Burma Government Medical School reports 1923-41
Year: 1923
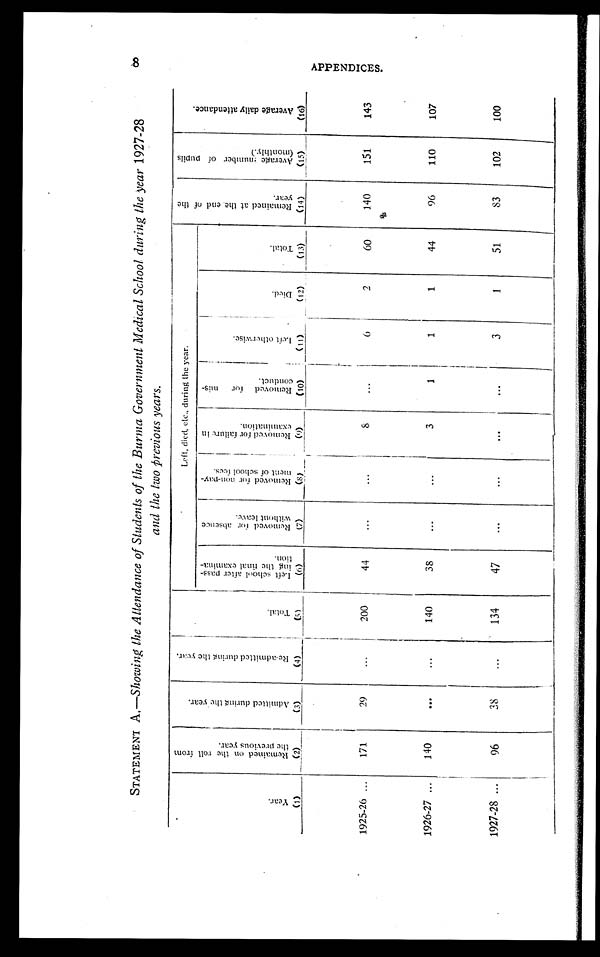
STATEMENT A.—S howing the Attendance of Students of the Burma Government Medical School during the year 1927-28
and the two previous years .
Y e a r .
( 1 )
R e m a i n e d o n t h e r o l l f r o m t h e p r e v i o u s y e a r .
( 2 )
A d m i t t e d d u r i n g t h e y e a r .
( 3 )
R e - a d m i t t e d d u r i n g t h e y e a r .
( 4 )
T o t a l .
( 5 )
Left , di ed, et c. , duri ng t he year.
R e m a i n e d a t t h e e n d o f t h e y e a r .
( 1 4 )
A v e r a g e n u m b e r o f p u p i l s ( m o n t h l y . )
( 1 5 )
A v e r a g e d a i l y a t t e n d a n c e .
( 1 6 )
L e f t s c h o o l a f t e r p a s s - i n g t h e f i n a f l e x a m i n a - t i o n .
( 6 )
R e m o v e d f o r a b s e n c e w i t h o u t l e a v e .
( 7 )
R e m o v e d f o r n o n - p a y - m e n t o f s c h o o l f e e s .
( 8 )
R e m o v e d f o r f a i l u r e i n e x a m i n a t i o n .
( 9 )
R e m o v e d f o r m i s - c o n d u c t .
( 1 0 )
L e f t o t h e r w i s e .
( 1 1 )
D i e d .
( 1 2 )
T o t a l .
( 1 3 )
1925-26
171
29
...
200
44
. . .
...
8
...
6
2
6 0
140
151
143
1926-27
140
. . .
...
140
38
...
...
3
1
1
1
44
96
110
107
1927-28
96
38
...
134
47
. . .
...
. . .
. . .
3
1
51
83
102
100
8 A P P E N D I C E S .